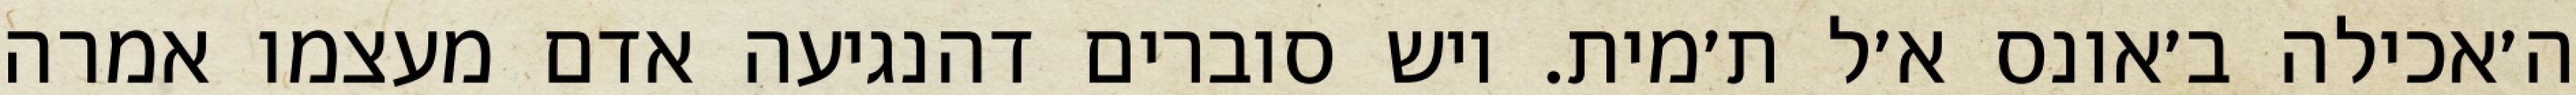
ה׳אכילה ב׳אונס א׳ל ת׳מית. ויש סוברים דהנגיעה אדם מעצמו אמרה